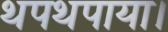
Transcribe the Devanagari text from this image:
थपथपाया।